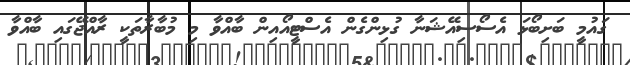
ގައުމީ ބަށިބޯޅަ އެސޯސިއޭޝަނާ ގުޅިންގެން އެސްޓީއޯއިން ބާއްވާ މި މުބާރާތަކީ ރާއްޖޭގައި ބާއްވާ